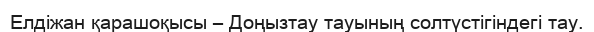
Елдіжан қарашоқысы – Доңызтау тауының солтүстігіндегі тау.